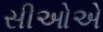
સીઓએ